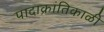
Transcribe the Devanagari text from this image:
पादाक्रांतिकाळी